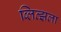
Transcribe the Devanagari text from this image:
ब्लित्झला